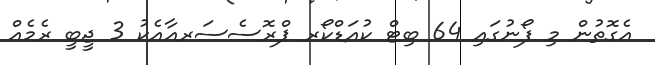
އެގޮތުން މި ފޯނުގައި 64 ބިޓް ކުއަޑްކޯރ ޕްރޮސެސަރއާއެކު 3 ޖީބީ ރެމެއް